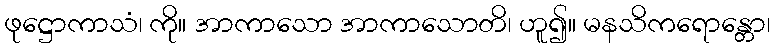
ဖုဋ္ဌောကာသံ၊ ကို။ အာကာသော အာကာသောတိ၊ ဟူ၍။ မနသိကရောန္တော၊